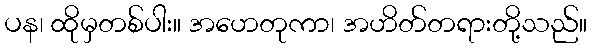
ပန၊ ထိုမှတစ်ပါး။ အဟေတုကာ၊ အဟိတ်တရားတို့သည်။